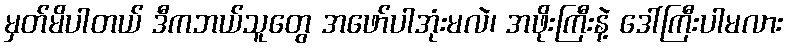
မှတ်မိပါတယ် ဒီကဘယ်သူတွေ အဖော်ပါအုံးမလဲ၊ အဖိုးကြီးနဲ့ ဒေါ်ကြီးပါမလား